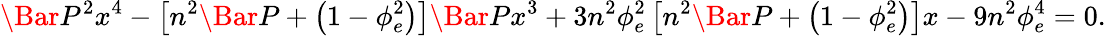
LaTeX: \Bar{P}^{2}x^{4}-\left[n^{2}\Bar{P}+\left(1-\phi_{e}^{2}\right)\right]\Bar{P}x^{3}+3n^{2}\phi_{e}^{2}\left[n^{2}\Bar{P}+\left(1-\phi_{e}^{2}\right)\right]x-9n^{2}\phi_{e}^{4}=0.